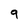
Character: 9